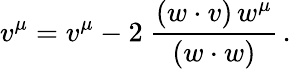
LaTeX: v^{\mu}=v^{\mu}-2\ \frac{(w\cdot v)\, w^{\mu}}{(w\cdot w)}\, .